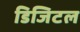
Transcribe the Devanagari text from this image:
डिजिटल